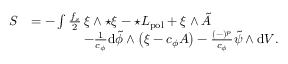
\begin{array} { r l } { S } & { = - \int \frac { f _ { s } } { 2 } \, \xi \wedge { \star \xi } - \star { \cal L } _ { \mathrm { p o l } } + \xi \wedge \tilde { A } } \\ & { \qquad \qquad - \frac { 1 } { c _ { \phi } } \mathrm { d } \tilde { \phi } \wedge \left( \xi - c _ { \phi } A \right) - \frac { ( - ) ^ { p } } { c _ { \phi } } \tilde { \psi } \wedge { \mathrm { d } V } . } \end{array}